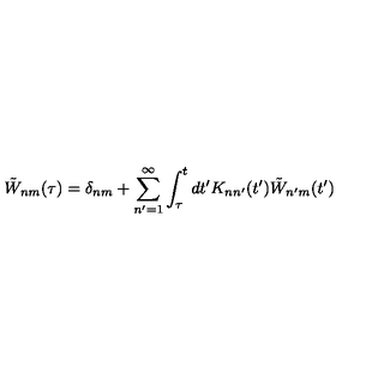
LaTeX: \tilde { W } _ { n m } ( \tau ) = \delta _ { n m } + \sum _ { n ^ { \prime } = 1 } ^ { \infty } \int _ { \tau } ^ { t } d t ^ { \prime } K _ { n n ^ { \prime } } ( t ^ { \prime } ) \tilde { W } _ { n ^ { \prime } m } ( t ^ { \prime } )